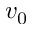
v _ { 0 }